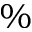
\%